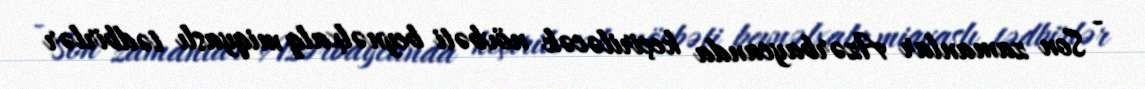
- Son zamanlar Azərbaycanda keçiriləcək növbəti beynəlxalq miqyaslı tədbirlər